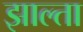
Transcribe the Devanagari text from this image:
झाल्ता